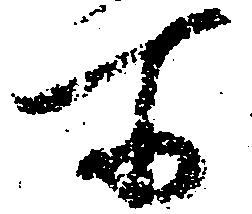
所